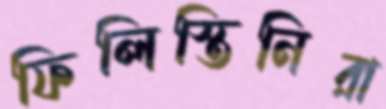
ফিলিস্তিনিরা